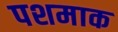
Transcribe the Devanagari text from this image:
पशमाक